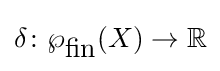
\delta \colon \wp _{\mbox{fin}}(X)\to \mathbb {R}